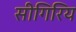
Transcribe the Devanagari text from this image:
सीगिरिय